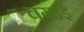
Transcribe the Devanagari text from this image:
चगाई